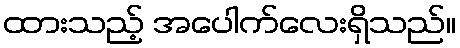
ထားသည့် အပေါက်လေးရှိသည်။